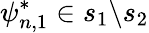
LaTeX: \psi_{n,1}^{*}\in s_{1}\backslash s_{2}